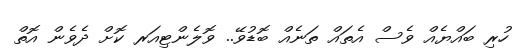
ހުރި ބައްޔެއް ވެސް އެތައް ތަނެއް ބޮޑުވޭ.. ވޮލެންޓިއަރ ކޮށް ދެވެން އޮތް